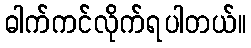
ဓါက်ကင်လိုက်ရပါတယ်။